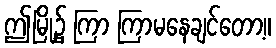
ဤမြို့၌ ကြာ ကြာမနေချင်တော့။